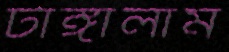
টাঙ্গালাম